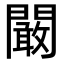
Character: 闞